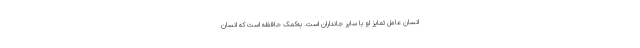
انسان عامل تمایز او با سایر جانداران است. به‌کمک حافظه است که انسان